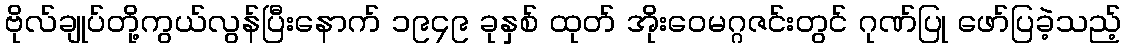
ဗိုလ်ချုပ်တို့ကွယ်လွန်ပြီးနောက် ၁၉၄၉ ခုနှစ် ထုတ် အိုးဝေမဂ္ဂဇင်းတွင် ဂုဏ်ပြု ဖော်ပြခဲ့သည့်